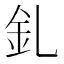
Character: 釓